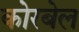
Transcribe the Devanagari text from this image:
कोरबेल